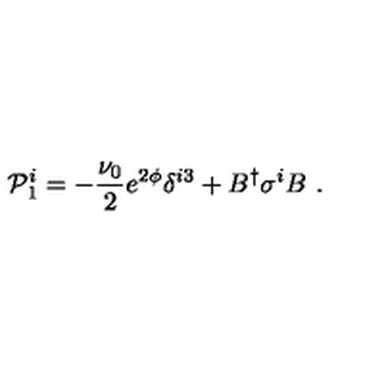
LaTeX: { \cal P } _ { 1 } ^ { i } = - \frac { \nu _ { 0 } } { 2 } e ^ { 2 \phi } \delta ^ { i 3 } + B ^ { \dagger } \sigma ^ { i } B \ .